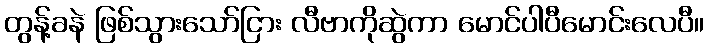
တွန့်ခနဲ ဖြစ်သွားသော်ငြား လီဗာကိုဆွဲကာ မောင်ပါပီမောင်းလေပီ။